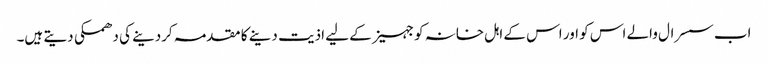
اب سسرال والے اس کو اور اس کے اہل خانہ کو جہیز کے لیے اذیت دینے کا مقدمہ کردینے کی دھمکی دیتے ہیں۔